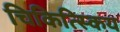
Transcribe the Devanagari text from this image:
चिकित्स्किय